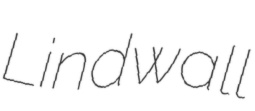
Lindwall